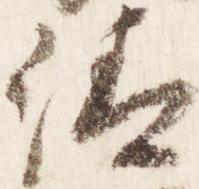
清